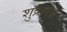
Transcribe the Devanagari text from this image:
शुक्रवह